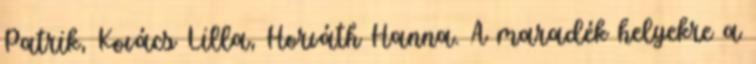
Patrik, Kovács Lilla, Horváth Hanna. A maradék helyekre a